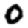
Digit: 0